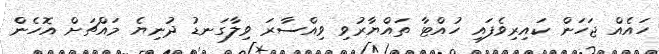
ހައެއް ޖަހަން ކައިރިވެފައި ހުއްޓާ ތައްޔާރުވި ވިއްސާރަ ވިލާގަނޑު ދުނިޔެ މައްޗަށް އޮހެން